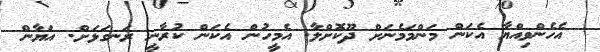
އެހެންވިއްޔާ އެކަން މަންމަމެނަށް ދޫކޮށްލާ. އެމީހުން އެކަން ކުރާނީ ރަނގަޅަށް. އަޔާން